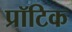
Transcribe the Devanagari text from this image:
प्रॉटिक